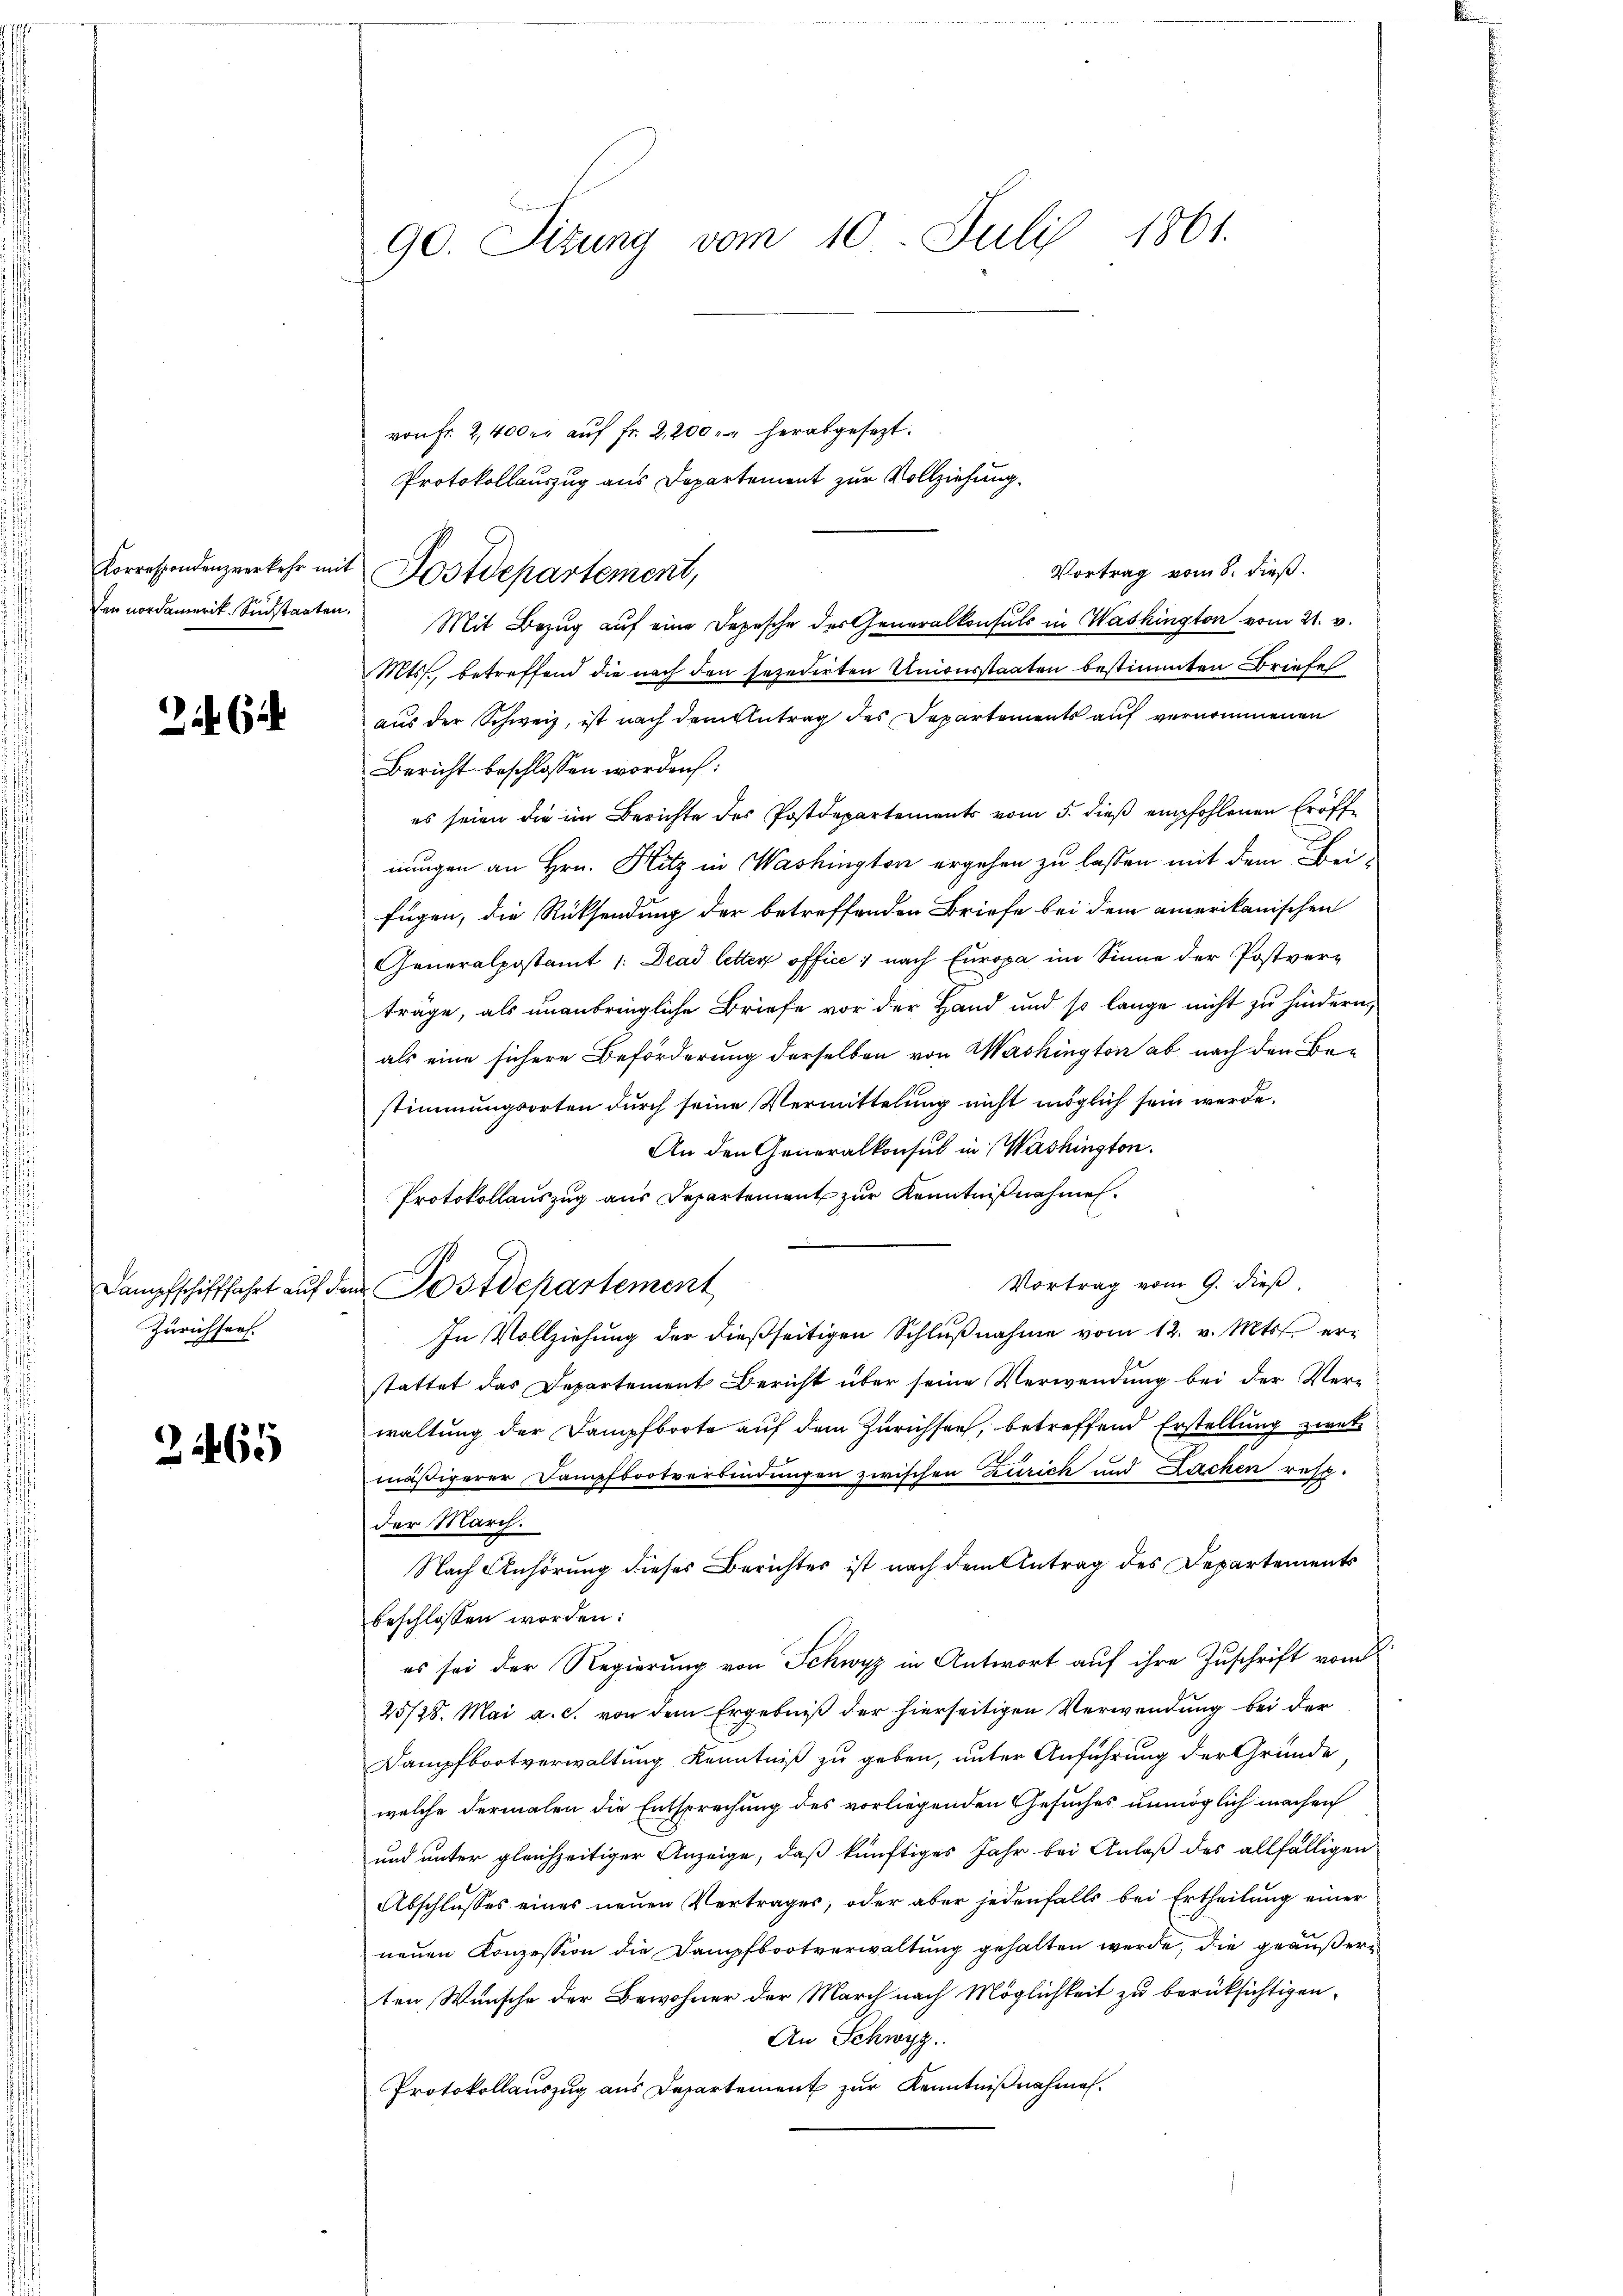
Zürichters.

3469

90. Sizung vom 10. Juli 1861.

von Fr. 2,400 er aŭf fr. 2,200 " " herabgesezt.
Protokollauszug aus Departement zur Vollziehung.
Vortrag vom 8. dieß.
Den nordamerit. Südstaaten. Mit Bezŭg aŭf eine Depesche des Generalkonsuls in Washington vom 21. v.
Mts., betreffend die nach den sezedirten Unionsstaaten bestimmten Briefe
aus der Schweiz, ist nach dem Antrag des Departements auf vernommenen
Bericht beschlossen worden:
es seien die im Berichte des Postdepartements vom 5. dieß empfohlenen Eröffnungen an Hrn. Hitz in Washington ergehen zu lassen mit dem Beifügen, die Rücksendung der betreffenden Briefe bei dem amerikanischen
Generalpostamt 1: Dead letter office, nach Europa im Sinne der Postverträge, als unanbringliche Briefe vor der Hand und so lange nicht zu hindern,
als eine sichere Beförderung derselben von Washington ab nach den Be-
stimmungsorten durch seine Vermittelung nicht möglich sein werde.
An den Generalkonsul in Washington.
Protokollauszug aus Departement zur Kenntnißnahmen.
Vortrag vom 9. dieß,
In Vollziehung der dießseitigen Schlŭβnahme vom 12. v. Mts. erstattet das Departement Bericht über seine Verwendung bei der Ver-
waltung der Dampfboote auf dem Zürichsen, betreffend Erstellung zwek
mäßigerer Dampfbootverbindungen zwischen Zürich und Lachen resp.
der March.
Nach Anhörung dieses Berichtes ist nach dem Antrag des Departements
beschlossen worden:
es sei der Regierung von Schwyz in Antwort auf ihre Zuschrift vom
25/28. Mai a. c. von dem Ergebniß der hierseitigen Verwendung bei der
Dampfbootverwaltung Kenntniß zu geben, unter Anführung der Gründe
welche dermalen die Entsprechung des vorliegenden Gesuches unmöglich machen
und unter gleichzeitiger Anzeige, daß künftiges Jahr bei Anlaß des allfälligen
Abschlusses eines neuen Vertrages, oder aber jedenfalls bei Ertheilung einer
neuen Konzession die Dampfbootverwaltung gehalten werde, die geäußerten, Wunsche der Bewohner der March nach Möglichkeit zu berüksichtigen,
An Schwyz.
Protokollauszug aus Departement zur Kenntnißnahmen.

Korrespondenzverkehr mit Postdepartement,

Dampfschifffahrt auf dem Postdepartement